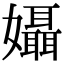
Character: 𡤙